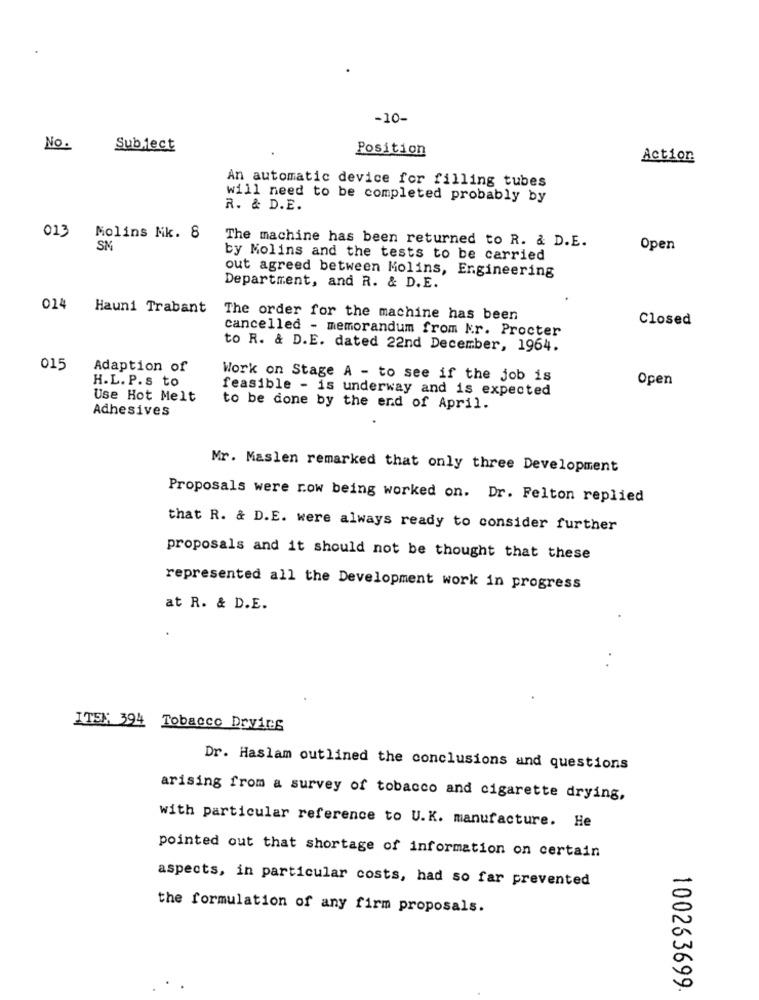
-10-
No.
Subject
Position
Action
An automatic device for filling tubes
will need to be completed probably by
R. & D.E.
013
Molins Mk. 8
The machine has been returned to R. & D.E.
SM
Open
by Molins and the tests to be carried
out agreed between Molins, Engineering
Department, and R. & D.E.
024
Hauni Trabant
The order for the machine has been
Closed
cancelled - memorandum from kr. Procter
to R. & D.E. dated 22nd December, 1964.
015
Adaption of
H.L. P.s to
Work on Stage A - to see if the job is
Open
feasible - is underway and is expected
Use Hot Melt
Adhesives
to be done by the end of April.
Mr. Maslen remarked that only three Development
Proposals were row being worked on. Dr. Felton replied
that R. & D.E. were always ready to consider further
proposals and it should not be thought that these
represented all the Development work in progress
at R. & D.E.
ITSX 394 Tobacco Devirs
Dr. Haslam outlined the conclusions and questions
arising from a survey of tobacco and cigarette drying,
with particular reference to U.K. manufacture. He
pointed out that shortage of information on certain
aspects, in particular costs, had so far prevented
the formulation of any firm proposals.
100263699